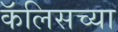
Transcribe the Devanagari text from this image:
कॅलिसच्या